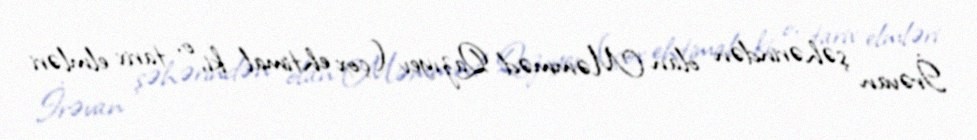
İrəvan şəhərindən olan Məmməd Qazıyev (çox ehtimal ki, o, tarix elmləri